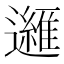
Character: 𲆆